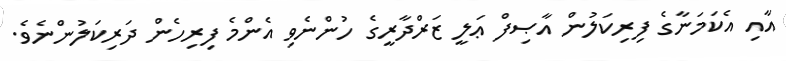
އާއި އެކަމަނާގެ ފިރިކަލުން އާޞިފް ޢަލީ ޒަރްދާރީގެ ހުންނެވި އެންމެ ފިރިހެން ދަރިކަލުންނެވެ.